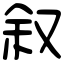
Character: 叙